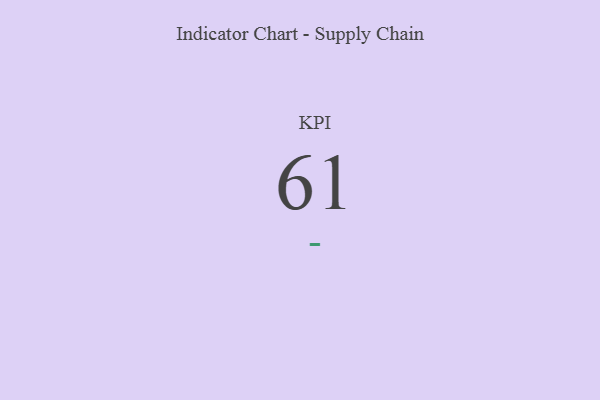
{"axis": {"x": "KPI", "y": "Value"}, "legend": [""], "data": [{"x": "KPI", "y": 61, "type": ""}]}